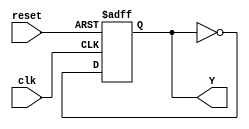
//Jose Luis Alvarez Pineda
//19392
//Seccion 21

module Tflop(
  input wire clk,reset,
  output reg Y);

  always @ (posedge reset or posedge clk) begin
    if (reset) Y <= 0;
    else Y <= ~Y;
  end

endmodule